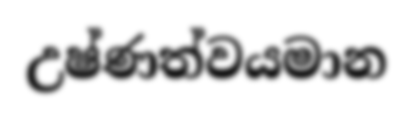
උෂ්ණත්වයමාන